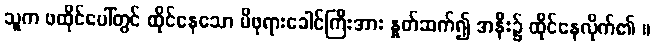
သူက ဖထိုင်ပေါ်တွင် ထိုင်နေသော မိဖုရားခေါင်ကြီးအား နှုတ်ဆက်၍ အနီး၌ ထိုင်နေလိုက်၏ ။